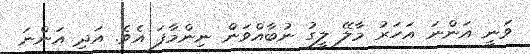
ވަނީ އަންނަ އަހަރު މާލޭ ލީގު ނުބާއްވަން ނިންމާފަ އެވެ. އަދި އަންނަ